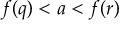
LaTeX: f ( q ) < a < f ( r )